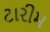
ટારીમ